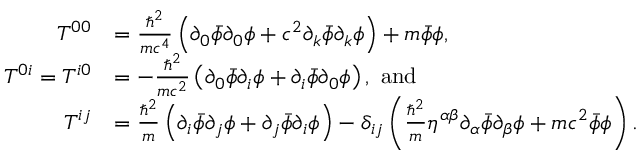
{ \begin{array} { r l } { T ^ { 0 0 } } & { = { \frac { \hbar ^ { 2 } } { m c ^ { 4 } } } \left( \partial _ { 0 } { \bar { \phi } } \partial _ { 0 } \phi + c ^ { 2 } \partial _ { k } { \bar { \phi } } \partial _ { k } \phi \right) + m { \bar { \phi } } \phi , } \\ { T ^ { 0 i } = T ^ { i 0 } } & { = - { \frac { \hbar ^ { 2 } } { m c ^ { 2 } } } \left( \partial _ { 0 } { \bar { \phi } } \partial _ { i } \phi + \partial _ { i } { \bar { \phi } } \partial _ { 0 } \phi \right) , \ \mathrm { a n d } } \\ { T ^ { i j } } & { = { \frac { \hbar ^ { 2 } } { m } } \left( \partial _ { i } { \bar { \phi } } \partial _ { j } \phi + \partial _ { j } { \bar { \phi } } \partial _ { i } \phi \right) - \delta _ { i j } \left( { \frac { \hbar ^ { 2 } } { m } } \eta ^ { \alpha \beta } \partial _ { \alpha } { \bar { \phi } } \partial _ { \beta } \phi + m c ^ { 2 } { \bar { \phi } } \phi \right) . } \end{array} }